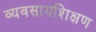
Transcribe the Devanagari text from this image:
व्यवसायशिक्षण